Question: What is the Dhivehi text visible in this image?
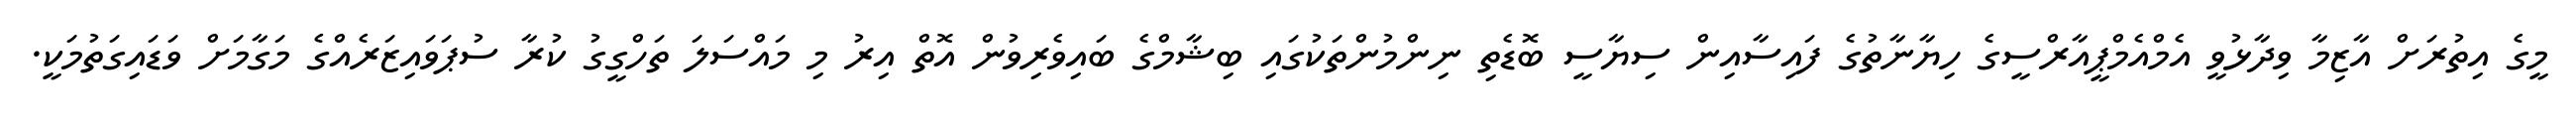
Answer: މީގެ އިތުރަށް އާޒިމާ ވިދާޅުވީ އެމްއެމްޕީއާރްސީގެ ހިޔާނާތުގެ ފައިސާއިން ސިޔާސީ ބޮޑެތި ނިންމުންތަކުގައި ބިޝާމްގެ ބައިވެރިވުން އޮތް އިރު މި މައްސަލަ ތަހްގީގު ކުރާ ސުޕަވައިޒަރެއްގެ މަގާމަށް ވަޑައިގަތުމަކީ.